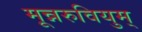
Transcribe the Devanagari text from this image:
मून्नरुवियुम्